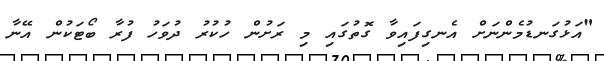
"އަޅުގަނޑުމެންނަށް އެނގިފައިވާ ގޮތުގައި މި ރަށުން ހުކުރު ދުވަހު ފުރާ ބޯޓަކުން އޭނާ